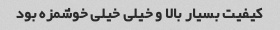
کیفیت بسیار بالا و خیلی خیلی خوشمزه بود